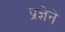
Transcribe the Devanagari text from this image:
प्रज्ञेने